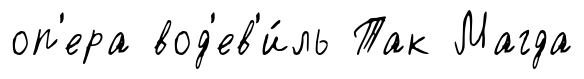
оп'ера вод'ев'и́ль Так Магда